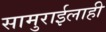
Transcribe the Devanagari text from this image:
सामुराईलाही